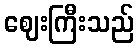
ဈေးကြီးသည်